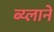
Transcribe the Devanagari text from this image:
ब्य्लाने